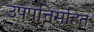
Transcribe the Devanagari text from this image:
उपपत्तिसहित